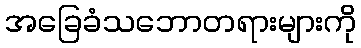
အခြေခံသဘောတရားများကို